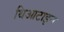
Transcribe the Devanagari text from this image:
थिआटाइन